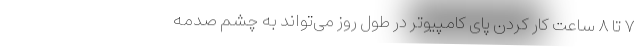
۷ تا ۸ ساعت کار کردن پای کامپیوتر در طول روز می‌تواند به چشم صدمه